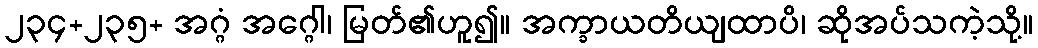
၂၃၄+၂၃၅+ အဂ္ဂံ အဂ္ဂေါ၊ မြတ်၏ဟူ၍။ အက္ခာယတိယျထာပိ၊ ဆိုအပ်သကဲ့သို့။